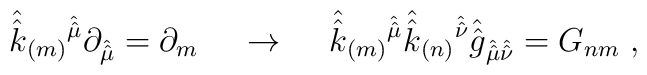
\hat{\hat{k}}_{(m)}{}^{\hat{\hat{\mu}}}\partial_{\hat{\hat{\mu}}}= \partial_{m} \hspace{.5cm}\rightarrow\hspace{.5cm}\hat{\hat{k}}_{(m)}{}^{\hat{\hat{\mu}}}\hat{\hat{k}}_{(n)}{}^{\hat{\hat{\nu}}}\hat{\hat{g}}_{\hat{\hat{\mu}}\hat{\hat{\nu}}}=G_{nm}\; ,